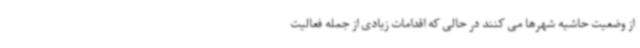
از وضعیت حاشیه شهرها می کنند در حالی که اقدامات زیادی از جمله فعالیت